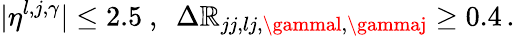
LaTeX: |\eta^{l,j,\gamma}|\leq2.5~,~~\Delta\mathbb{R}_{jj,lj,\gammal,\gammaj}\geq0.4\, .